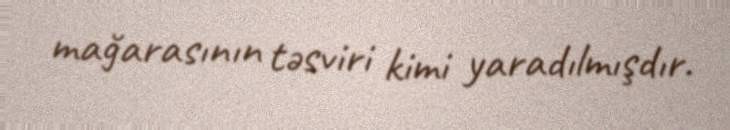
mağarasının təsviri kimi yaradılmışdır.